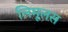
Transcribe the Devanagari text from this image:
लिमूलस